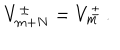
V _ { m + N } ^ { \pm } = V _ { m } ^ { \pm } \, .